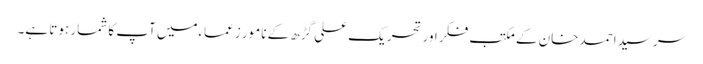
سرسید احمد خان کے مکتب فکر اور تحریک علی گڑھ کے نامور زعماءمیں آپ کا شمار ہوتا ہے۔